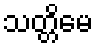
သတ္တိမေ